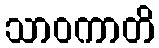
သာဝကာတိ